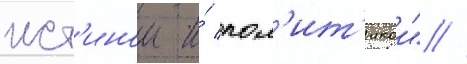
ист'инои и́ пол'ит'икои" //